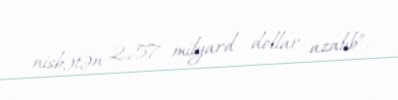
nisbətən 2,57 milyard dollar azalıb”.